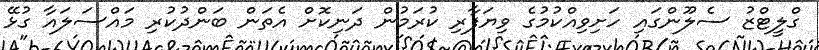
ގްލީޓްޒު ސެލޫންގައި ހަށިވިއްކުމުގެ ވިޔަފާރި ކުރަމުން ދަނިކޮށް އެތަން ބަންދުކުރި މައްސަލައާ ގުޅޭ